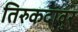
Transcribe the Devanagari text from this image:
तिरुकदावुर